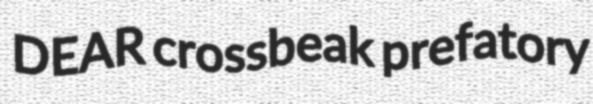
DEAR crossbeak prefatory